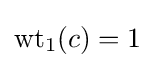
\mathrm {wt} _{1}(c)=1